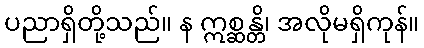
ပညာရှိတို့သည်။ န ဣစ္ဆန္တိ၊ အလိုမရှိကုန်။